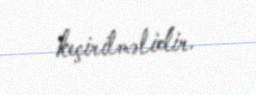
keçirilməlidir.